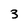
Character: 3